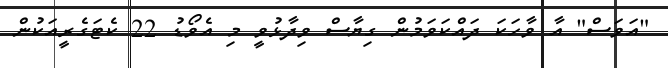
"އަވަސް" އާ ވާހަކަ ދައްކަވަމުން ގިޔާސް ވިދާޅުވީ މި އެވޯޑު 22 ކެޓަގެރީއަކުން